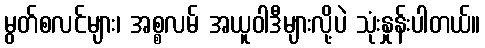
မွတ်စလင်များ၊ အစ္စလမ် အယူဝါဒီများလို့ပဲ သုံးနှုန်းပါတယ်။